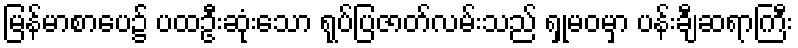
မြန်မာစာပေ၌ ပထဦးဆုံးသော ရုပ်ပြဇာတ်လမ်းသည် ရှုမဝမှာ ပန်းချီဆရာကြီး